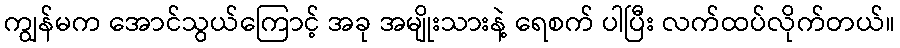
ကျွန်မက အောင်သွယ်ကြောင့် အခု အမျိုးသားနဲ့ ရေစက် ပါပြီး လက်ထပ်လိုက်တယ်။